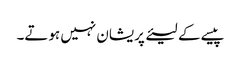
پیسے کے لیئے پریشان نہیں ہوتے۔